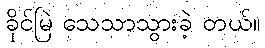
ခိုင်မြဲ သေသာသွားခဲ့ တယ်။